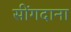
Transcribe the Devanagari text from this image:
सींगदाना